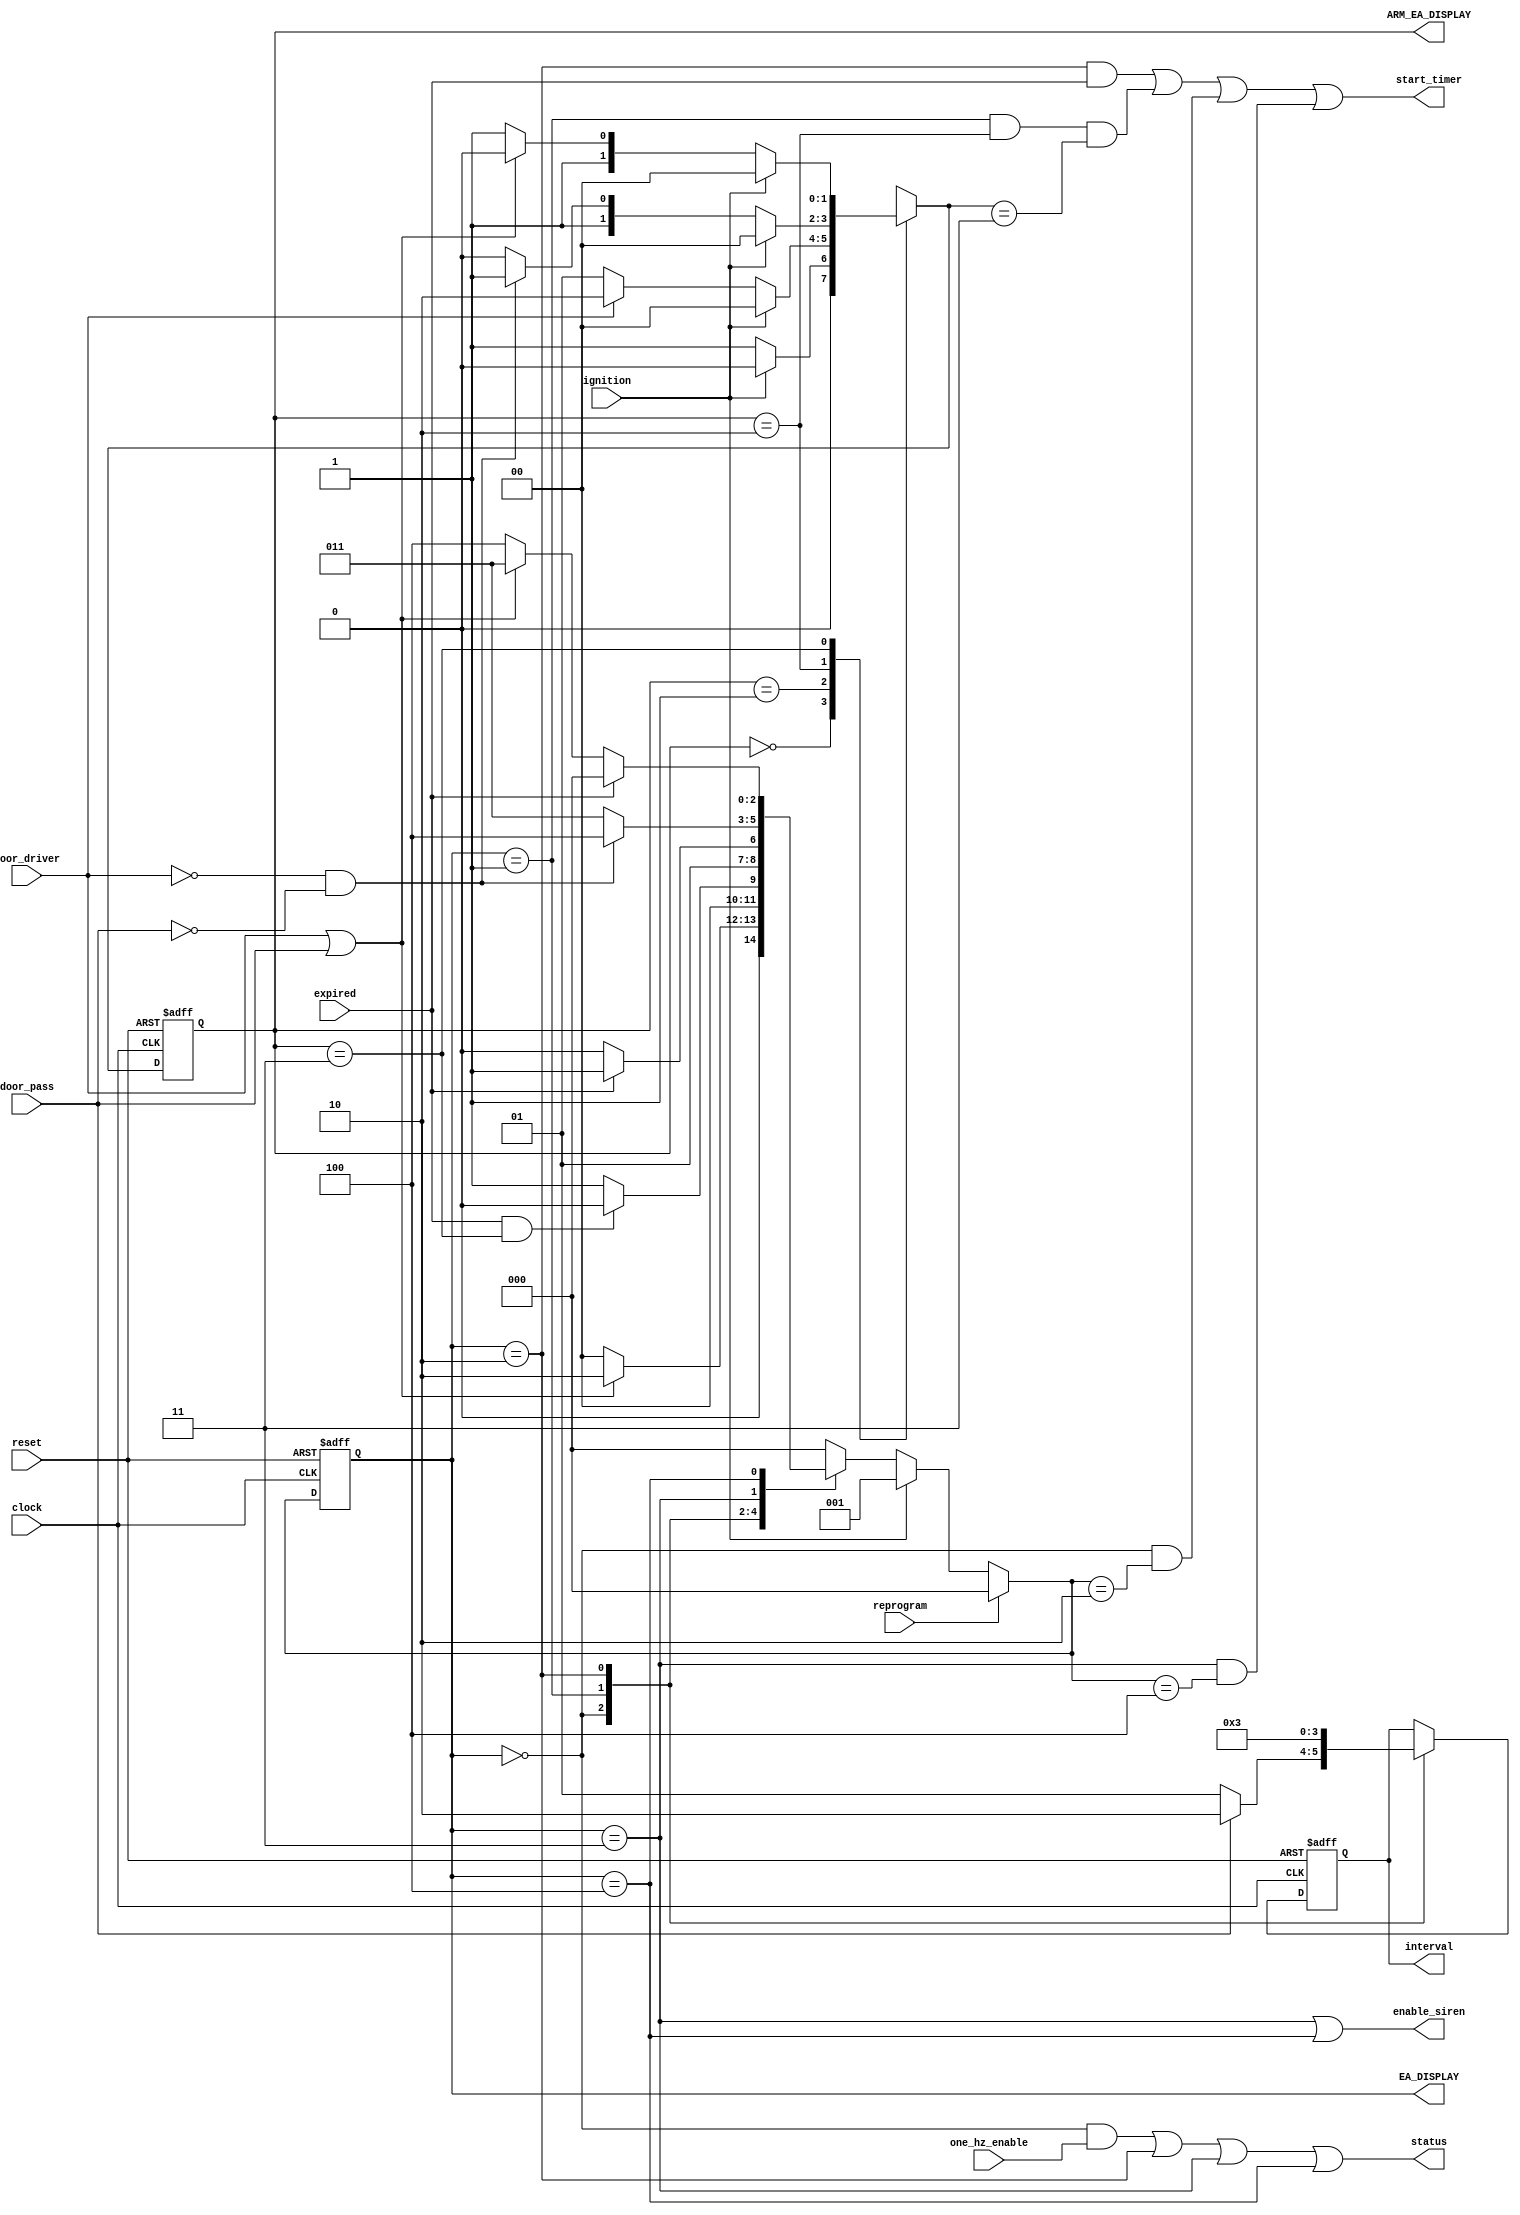
//------------------------------------------------------------
//
//
//                FINITE STATE MACHINE DRIVER
//
//      github: @santosantonio1, @NathanCidal
//      version: 26/06/2024
//
//------------------------------------------------------------

`define SET 0
`define OFF 1
`define TRIGGER 2
`define ON 3
`define STOP_ALARM 4

`define WAIT_IGNITION_OFF 0
`define WAIT_DOOR_OPEN 1
`define WAIT_DOOR_CLOSE 2
`define START_ARM_DELAY 3

module fsm(
    input clock, reset, ignition, door_driver, door_pass, one_hz_enable, expired, reprogram,
    output start_timer, status, enable_siren, 
    output[1:0] interval, ARM_EA_DISPLAY,
    output[2:0] EA_DISPLAY
);

// Main fsm
reg[2:0] EA, PE;

// FSM for setting up the alarm and time selector
reg[1:0] ARM_EA, ARM_PE, time_sel;

// Ready or not for set up
wire arm;

//--------------------------------------------
//              STATE TRANSITION
//--------------------------------------------
always @(posedge clock, posedge reset)
begin
    if(reset) begin
        EA <= `SET;
    end else begin
        EA <= PE;
    end
end

//----------------------------------------------------------------------
//                       MAIN FSM DEFINITION
//----------------------------------------------------------------------
always @*
begin
    if(reprogram) begin 
        PE <= `SET;
    end else begin 
    if(ignition)  PE <= `OFF;
    else begin
        case(EA)
            // Alarm set up
            `SET:
            begin
                if(door_driver || door_pass)    PE <= `TRIGGER;
                else        PE <= `SET;
            end

            // Alarm disarmed
            `OFF:
            begin
                if(expired && arm)  PE <= `SET;
                else PE <= `OFF;
            end

            // Trigger alarm (count down)
            `TRIGGER:
            begin
                if(expired)     PE <= `ON;
                else            PE <= `TRIGGER;
            end

            // Alarm on
            `ON:
            begin
                if(!door_driver && !door_pass)     PE <= `STOP_ALARM;
                else    PE <= `ON;
            end

            // Wait for  T_ALARM_ON
            `STOP_ALARM:
            begin
                if(expired)     PE <= `SET;
                else if(door_driver || door_pass)   PE <= `ON;
                else    PE <= `STOP_ALARM;
            end

            default: PE <= `SET;

        endcase
        end
    end
end

//--------------------------------------------
//      INNER FSM STATE TRANSITION
//--------------------------------------------
always @(posedge clock, posedge reset)
begin
    if(reset) begin
        ARM_EA <= `WAIT_IGNITION_OFF;
    end else begin
        ARM_EA <= ARM_PE;
    end
end

//------------------------------------------------------------------------------
//                       INNER FSM TO SETUP ALARM
//------------------------------------------------------------------------------
always @*
begin
    case(ARM_EA)
        `WAIT_IGNITION_OFF:
        begin
            if(!ignition)     ARM_PE <= `WAIT_DOOR_OPEN;
            else        ARM_PE <= `WAIT_IGNITION_OFF;
        end 

        `WAIT_DOOR_OPEN:
        begin
            if(ignition) ARM_PE <= `WAIT_IGNITION_OFF;
            else if(door_driver)       ARM_PE <= `WAIT_DOOR_CLOSE;
            else        ARM_PE <= `WAIT_DOOR_OPEN;
        end

        `WAIT_DOOR_CLOSE:
        begin
            if(ignition)      ARM_PE <= `WAIT_IGNITION_OFF;
            else if(!door_driver && !door_pass)      ARM_PE <= `START_ARM_DELAY;
            else        ARM_PE <= `WAIT_DOOR_CLOSE;
        end 

        `START_ARM_DELAY:
        begin
            if(ignition)      ARM_PE <= `WAIT_IGNITION_OFF;
            else if(door_driver || door_pass)   ARM_PE <= `WAIT_DOOR_CLOSE;
            else        ARM_PE <= `START_ARM_DELAY;
        end 
    endcase
end

//--------------------------------------------------
//              TIMER DELAY SELECTOR
//--------------------------------------------------
always @(posedge clock, posedge reset)
begin
    if(reset) begin
        time_sel <= 1;
    end else begin
        case(EA)
            `SET:
            begin
                if(door_pass) time_sel <= 2;
                else time_sel <= 1;
            end
            `OFF:   time_sel <= 0;

            `TRIGGER:   time_sel <= 3;
        endcase
    end
end

// START TIMER WHEN APPROPRIATE
assign start_timer = (EA == `TRIGGER && expired)        || 
                     (EA == `OFF && ARM_EA == `WAIT_DOOR_CLOSE && ARM_PE == `START_ARM_DELAY)  ||
                     (EA == `SET && PE == `TRIGGER)     ||
                     (EA == `ON && PE == `STOP_ALARM);

// SIGNAL TO SET UP THE ALARM
assign arm = (ARM_EA == `START_ARM_DELAY);

// 2 SEC PERIOD ALARM STATUS
assign status = ((EA == `SET && (one_hz_enable)) || (EA == `TRIGGER) || (EA == `ON) || EA == (`STOP_ALARM));

// ALARM ITSELF
assign enable_siren = (EA == `ON || EA == `STOP_ALARM);

//...
assign interval = time_sel;
assign EA_DISPLAY = EA;
assign ARM_EA_DISPLAY = ARM_EA;

endmodule